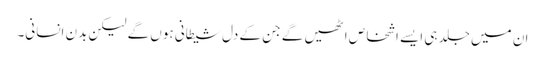
ان میں جلد ہی ایسے اشخاص اٹھیں گے جن کے دل شیطانی ہوں گے لیکن بدن انسانی۔